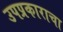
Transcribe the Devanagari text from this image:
उपप्रकाराचा